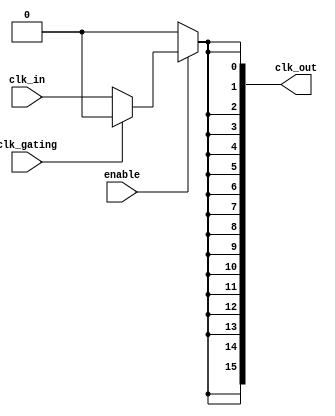
module high_fanout_clock_buffer #
(
    parameter NUM_OUTPUTS = 16,      // Number of output clock signals
    parameter CLK_WIDTH = 1           // Width of the clock signal (1 for single bit)
)
(
    input wire clk_in,                // Input clock signal
    input wire enable,                // Enable signal to control clock output
    input wire clk_gating,            // Clock gating signal for power management
    output wire [NUM_OUTPUTS-1:0] clk_out // Output clock signals
);

    // Generate clock outputs based on clk_in
    genvar i;
    generate
        for (i = 0; i < NUM_OUTPUTS; i = i + 1) begin : clk_gen
            assign clk_out[i] = enable ? (clk_gating ? 1'b0 : clk_in) : 1'b0; // Clock gating control
        end
    endgenerate

    // Optional: Utilize Schmitt-trigger like behavior
    // We can include a simple delay, rise/fall control logic if needed (not implemented here)

endmodule